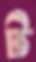
ট